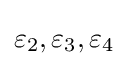
\varepsilon _{2},\varepsilon _{3},\varepsilon _{4}